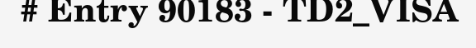
# Entry 90183 - TD2_VISA